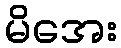
မိအေး